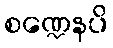
စဏ္ဍေနပိ